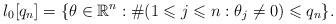
LaTeX: \begin{align*}l_0[q_n] = \{\theta \in \mathbb{R}^n : \#(1 \leqslant j \leqslant n : \theta_j \neq 0) \leqslant q_n\}. \end{align*}